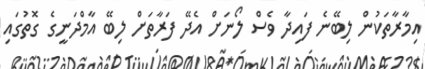
އިމާރާތަކުން ލިބޭނެ ފައިދާ ވެސް ލޯނަށް އެދޭ ފަރާތަށް ލިބޭ އާމްދަނީގެ ގޮތުގައި